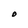
Character: O